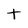
Character: t